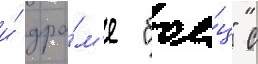
и́ дра́м'е "бое́ц" с